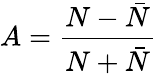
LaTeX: A=\frac{N-\bar{N}}{N+\bar{N}}